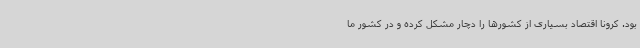
بود. کرونا اقتصاد بسیاری از کشورها را دچار مشکل کرده و در کشور ما